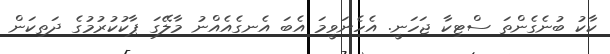
ކާކު ބުނެގެންތަ ސްޓިކާ ޖަހަނީ. އެހެނަވީމަ އެބަ އެނގެއެއްނު މާލޭގަ ޕާކުކުރުމުގެ ދަތިކަން